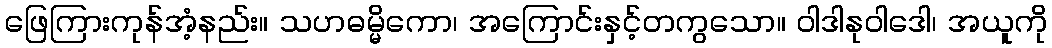
ဖြေကြားကုန်အံ့နည်း။ သဟဓမ္မိကော၊ အကြောင်းနှင့်တကွသော။ ဝါဒါနုဝါဒေါ၊ အယူကို